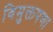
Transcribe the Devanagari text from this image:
विमुक्तपणा